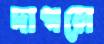
দাগলে